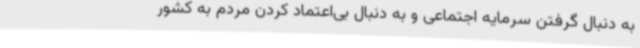
به دنبال گرفتن سرمایه اجتماعی و به دنبال بی‌اعتماد کردن مردم به کشور